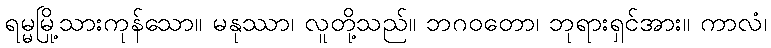
ရမ္မမြို့သားကုန်သော။ မနုဿာ၊ လူတို့သည်။ ဘဂဝတော၊ ဘုရားရှင်အား။ ကာလံ၊